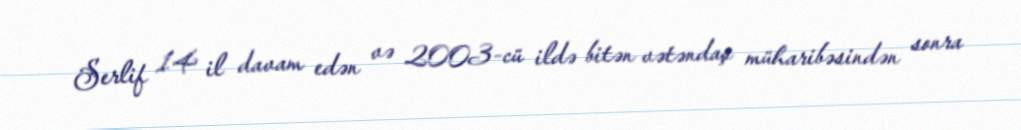
Serlif 14 il davam edən və 2003-cü ildə bitən vətəndaş müharibəsindən sonra